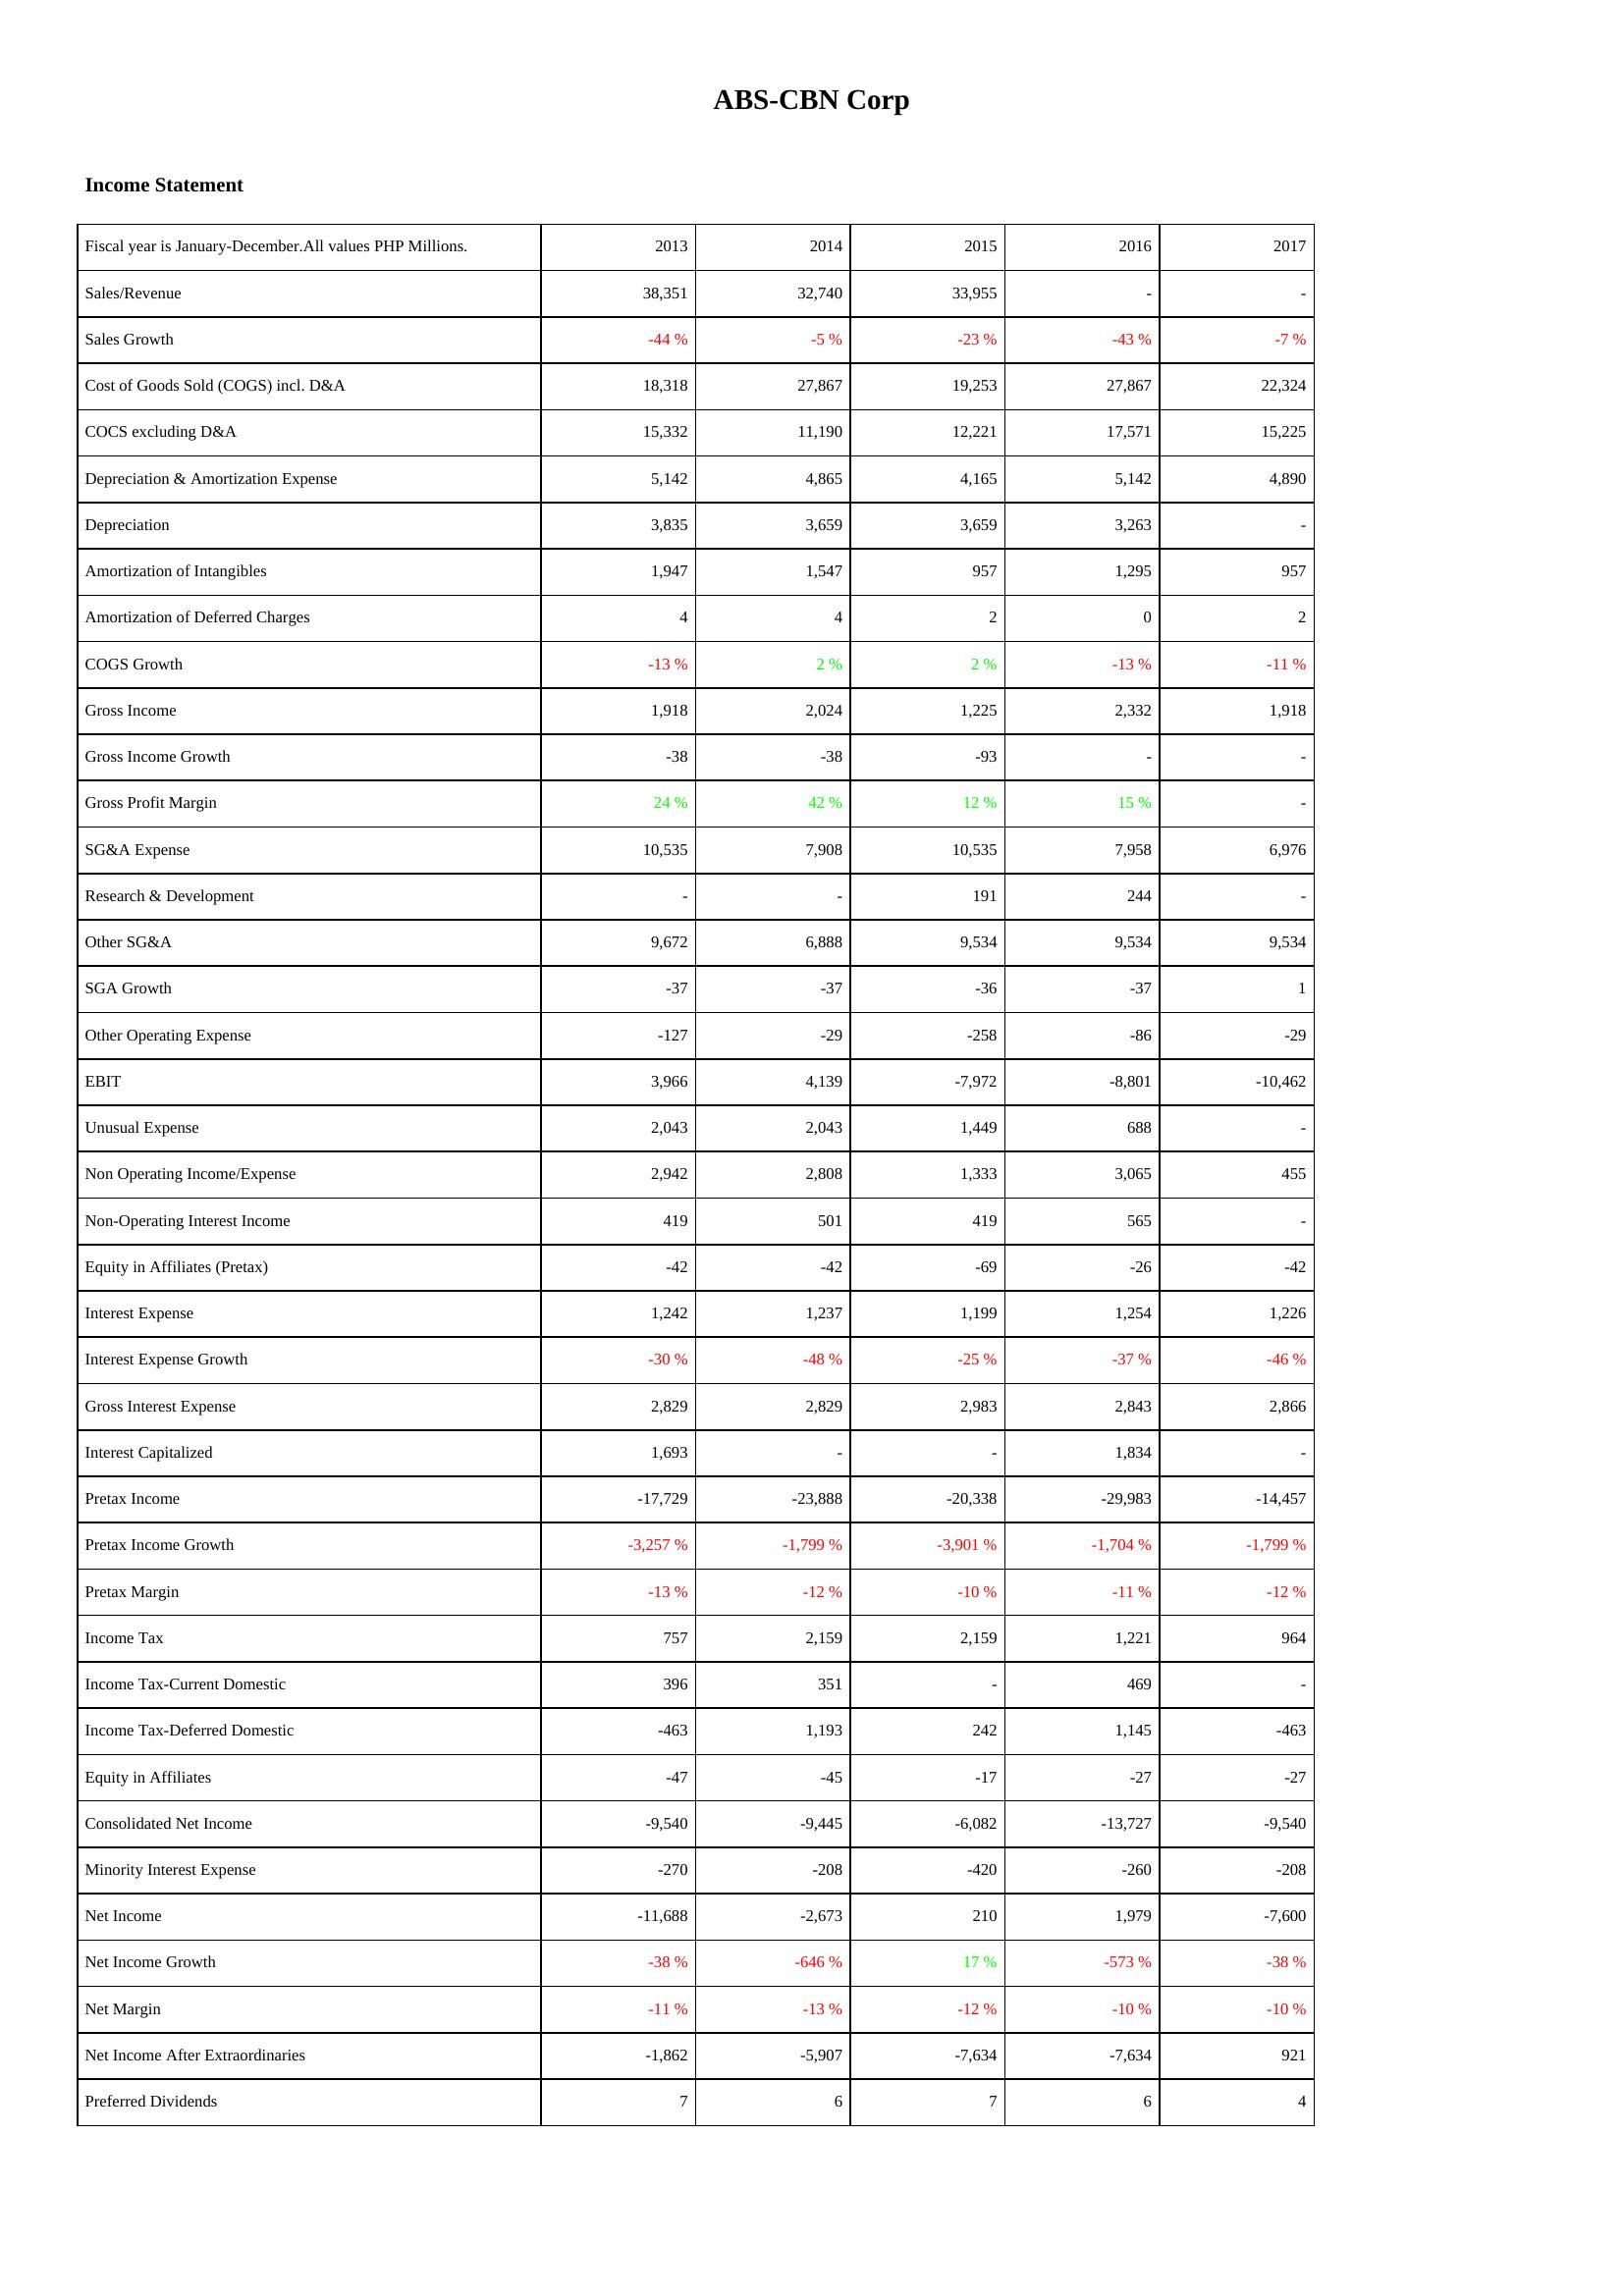
2013: Income Statement: Sales/Revenue: 38,351
Sales Growth: -44 %
Cost of Goods Sold (COGS) incl. D&A: 18,318
COCS excluding D&A: 15,332
Depreciation & Amortization Expense: 5,142
Depreciation: 3,835
Amortization of Intangibles: 1,947
Amortization of Deferred Charges: 4
COGS Growth: -13 %
Gross Income: 1,918
Gross Income Growth: -38
Gross Profit Margin: 24 %
SG&A Expense: 10,535
Research & Development: -
Other SG&A: 9,672
SGA Growth: -37
Other Operating Expense: -127
EBIT: 3,966
Unusual Expense: 2,043
Non Operating Income/Expense: 2,942
Non-Operating Interest Income: 419
Equity in Affiliates (Pretax): -42
Interest Expense: 1,242
Interest Expense Growth: -30 %
Gross Interest Expense: 2,829
Interest Capitalized: 1,693
Pretax Income: -17,729
Pretax Income Growth: -3,257 %
Pretax Margin: -13 %
Income Tax: 757
Income Tax-Current Domestic: 396
Income Tax-Deferred Domestic: -463
Equity in Affiliates: -47
Consolidated Net Income: -9,540
Minority Interest Expense: -270
Net Income: -11,688
Net Income Growth: -38 %
Net Margin: -11 %
Net Income After Extraordinaries: -1,862
Preferred Dividends: 7
2014: Income Statement: Sales/Revenue: 32,740
Sales Growth: -5 %
Cost of Goods Sold (COGS) incl. D&A: 27,867
COCS excluding D&A: 11,190
Depreciation & Amortization Expense: 4,865
Depreciation: 3,659
Amortization of Intangibles: 1,547
Amortization of Deferred Charges: 4
COGS Growth: 2 %
Gross Income: 2,024
Gross Income Growth: -38
Gross Profit Margin: 42 %
SG&A Expense: 7,908
Research & Development: -
Other SG&A: 6,888
SGA Growth: -37
Other Operating Expense: -29
EBIT: 4,139
Unusual Expense: 2,043
Non Operating Income/Expense: 2,808
Non-Operating Interest Income: 501
Equity in Affiliates (Pretax): -42
Interest Expense: 1,237
Interest Expense Growth: -48 %
Gross Interest Expense: 2,829
Interest Capitalized: -
Pretax Income: -23,888
Pretax Income Growth: -1,799 %
Pretax Margin: -12 %
Income Tax: 2,159
Income Tax-Current Domestic: 351
Income Tax-Deferred Domestic: 1,193
Equity in Affiliates: -45
Consolidated Net Income: -9,445
Minority Interest Expense: -208
Net Income: -2,673
Net Income Growth: -646 %
Net Margin: -13 %
Net Income After Extraordinaries: -5,907
Preferred Dividends: 6
2015: Income Statement: Sales/Revenue: 33,955
Sales Growth: -23 %
Cost of Goods Sold (COGS) incl. D&A: 19,253
COCS excluding D&A: 12,221
Depreciation & Amortization Expense: 4,165
Depreciation: 3,659
Amortization of Intangibles: 957
Amortization of Deferred Charges: 2
COGS Growth: 2 %
Gross Income: 1,225
Gross Income Growth: -93
Gross Profit Margin: 12 %
SG&A Expense: 10,535
Research & Development: 191
Other SG&A: 9,534
SGA Growth: -36
Other Operating Expense: -258
EBIT: -7,972
Unusual Expense: 1,449
Non Operating Income/Expense: 1,333
Non-Operating Interest Income: 419
Equity in Affiliates (Pretax): -69
Interest Expense: 1,199
Interest Expense Growth: -25 %
Gross Interest Expense: 2,983
Interest Capitalized: -
Pretax Income: -20,338
Pretax Income Growth: -3,901 %
Pretax Margin: -10 %
Income Tax: 2,159
Income Tax-Current Domestic: -
Income Tax-Deferred Domestic: 242
Equity in Affiliates: -17
Consolidated Net Income: -6,082
Minority Interest Expense: -420
Net Income: 210
Net Income Growth: 17 %
Net Margin: -12 %
Net Income After Extraordinaries: -7,634
Preferred Dividends: 7
2016: Income Statement: Sales/Revenue: -
Sales Growth: -43 %
Cost of Goods Sold (COGS) incl. D&A: 27,867
COCS excluding D&A: 17,571
Depreciation & Amortization Expense: 5,142
Depreciation: 3,263
Amortization of Intangibles: 1,295
Amortization of Deferred Charges: 0
COGS Growth: -13 %
Gross Income: 2,332
Gross Income Growth: -
Gross Profit Margin: 15 %
SG&A Expense: 7,958
Research & Development: 244
Other SG&A: 9,534
SGA Growth: -37
Other Operating Expense: -86
EBIT: -8,801
Unusual Expense: 688
Non Operating Income/Expense: 3,065
Non-Operating Interest Income: 565
Equity in Affiliates (Pretax): -26
Interest Expense: 1,254
Interest Expense Growth: -37 %
Gross Interest Expense: 2,843
Interest Capitalized: 1,834
Pretax Income: -29,983
Pretax Income Growth: -1,704 %
Pretax Margin: -11 %
Income Tax: 1,221
Income Tax-Current Domestic: 469
Income Tax-Deferred Domestic: 1,145
Equity in Affiliates: -27
Consolidated Net Income: -13,727
Minority Interest Expense: -260
Net Income: 1,979
Net Income Growth: -573 %
Net Margin: -10 %
Net Income After Extraordinaries: -7,634
Preferred Dividends: 6
2017: Income Statement: Sales/Revenue: -
Sales Growth: -7 %
Cost of Goods Sold (COGS) incl. D&A: 22,324
COCS excluding D&A: 15,225
Depreciation & Amortization Expense: 4,890
Depreciation: -
Amortization of Intangibles: 957
Amortization of Deferred Charges: 2
COGS Growth: -11 %
Gross Income: 1,918
Gross Income Growth: -
Gross Profit Margin: -
SG&A Expense: 6,976
Research & Development: -
Other SG&A: 9,534
SGA Growth: 1
Other Operating Expense: -29
EBIT: -10,462
Unusual Expense: -
Non Operating Income/Expense: 455
Non-Operating Interest Income: -
Equity in Affiliates (Pretax): -42
Interest Expense: 1,226
Interest Expense Growth: -46 %
Gross Interest Expense: 2,866
Interest Capitalized: -
Pretax Income: -14,457
Pretax Income Growth: -1,799 %
Pretax Margin: -12 %
Income Tax: 964
Income Tax-Current Domestic: -
Income Tax-Deferred Domestic: -463
Equity in Affiliates: -27
Consolidated Net Income: -9,540
Minority Interest Expense: -208
Net Income: -7,600
Net Income Growth: -38 %
Net Margin: -10 %
Net Income After Extraordinaries: 921
Preferred Dividends: 4